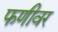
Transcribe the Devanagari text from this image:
फणीवर